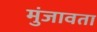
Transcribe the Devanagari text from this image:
मुंजावता